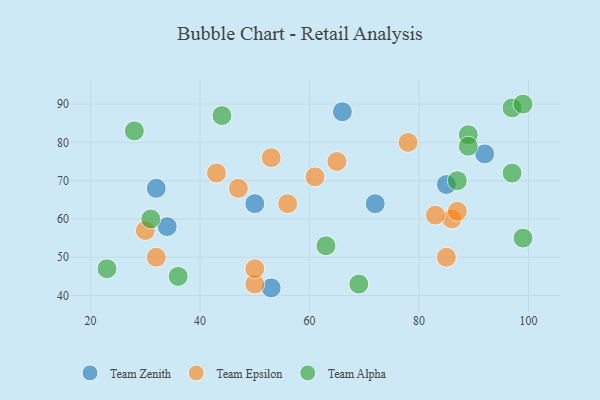
{"axis": {"x": "GDP", "y": "Life Expectancy"}, "legend": ["Team Alpha", "Team Epsilon", "Team Zenith"], "data": [{"x": "66", "y": 88, "type": "Team Zenith"}, {"x": "34", "y": 58, "type": "Team Zenith"}, {"x": "32", "y": 68, "type": "Team Zenith"}, {"x": "72", "y": 64, "type": "Team Zenith"}, {"x": "85", "y": 69, "type": "Team Zenith"}, {"x": "50", "y": 64, "type": "Team Zenith"}, {"x": "92", "y": 77, "type": "Team Zenith"}, {"x": "53", "y": 42, "type": "Team Zenith"}, {"x": "85", "y": 50, "type": "Team Epsilon"}, {"x": "61", "y": 71, "type": "Team Epsilon"}, {"x": "50", "y": 43, "type": "Team Epsilon"}, {"x": "86", "y": 60, "type": "Team Epsilon"}, {"x": "32", "y": 50, "type": "Team Epsilon"}, {"x": "53", "y": 76, "type": "Team Epsilon"}, {"x": "43", "y": 72, "type": "Team Epsilon"}, {"x": "30", "y": 57, "type": "Team Epsilon"}, {"x": "78", "y": 80, "type": "Team Epsilon"}, {"x": "50", "y": 47, "type": "Team Epsilon"}, {"x": "87", "y": 62, "type": "Team Epsilon"}, {"x": "83", "y": 61, "type": "Team Epsilon"}, {"x": "47", "y": 68, "type": "Team Epsilon"}, {"x": "56", "y": 64, "type": "Team Epsilon"}, {"x": "65", "y": 75, "type": "Team Epsilon"}, {"x": "44", "y": 87, "type": "Team Alpha"}, {"x": "97", "y": 89, "type": "Team Alpha"}, {"x": "31", "y": 60, "type": "Team Alpha"}, {"x": "87", "y": 70, "type": "Team Alpha"}, {"x": "23", "y": 47, "type": "Team Alpha"}, {"x": "89", "y": 82, "type": "Team Alpha"}, {"x": "63", "y": 53, "type": "Team Alpha"}, {"x": "28", "y": 83, "type": "Team Alpha"}, {"x": "69", "y": 43, "type": "Team Alpha"}, {"x": "99", "y": 90, "type": "Team Alpha"}, {"x": "97", "y": 72, "type": "Team Alpha"}, {"x": "99", "y": 55, "type": "Team Alpha"}, {"x": "36", "y": 45, "type": "Team Alpha"}, {"x": "89", "y": 79, "type": "Team Alpha"}]}